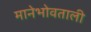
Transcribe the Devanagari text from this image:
मानेभोवताली